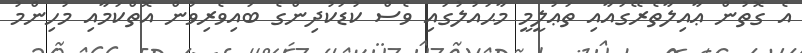
އެ ގޮތުން ޢާއިލާތެރޭގައާއި ތަޢުލީމީ މާޙައުލުގައި ވެސް ކުޑަކުދިންގެ ބައިވެރިވުން އޮތްކަމާއި މުހިންމު